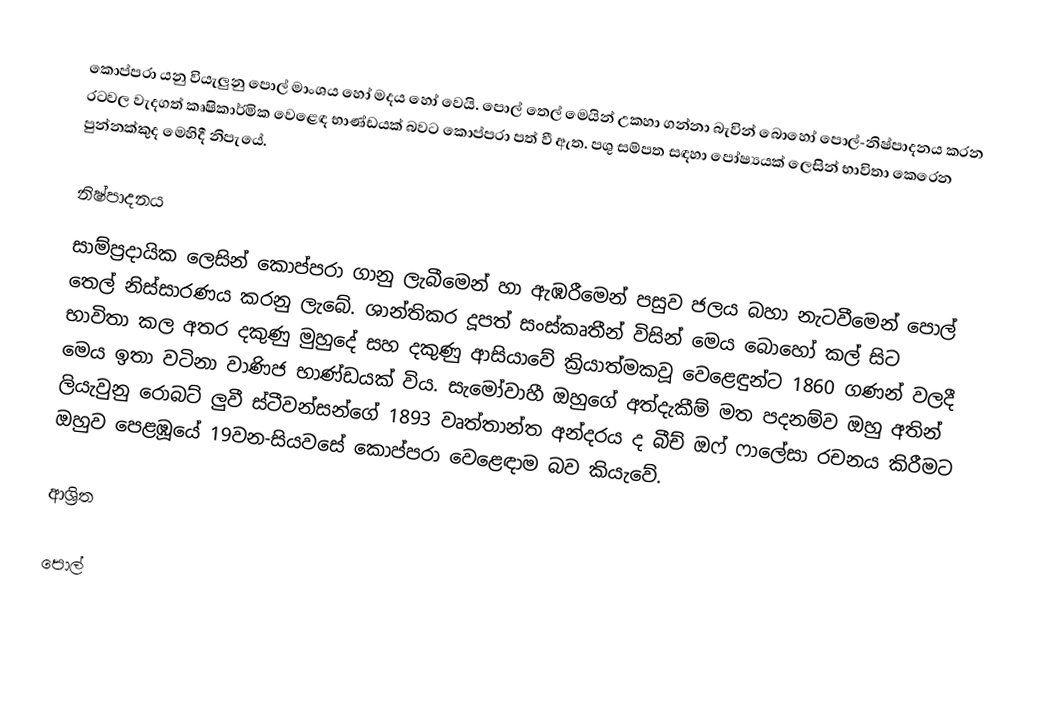
කොප්පරා යනු වියැලුනු පොල් මාංශය හෝ මදය හෝ වෙයි. පොල් තෙල් මෙයින් උකහා ගන්නා බැවින් බොහෝ පොල්-නිෂ්පාදනය කරන රටවල වැදගත් කෘෂිකාර්මික වෙළෙඳ භාණ්ඩයක් බවට කොප්පරා පත් වී ඇත. පශු සම්පත සඳහා පෝෂ්‍යයක් ලෙසින් භාවිතා කෙරෙන පුන්නක්කුද මෙහිදී නිපැයේ.

නිෂ්පාදනය
සාම්ප්‍රදායික ලෙසින් කොප්පරා ගානු ලැබීමෙන් හා ඇඹරීමෙන් පසුව ජලය බහා නැටවීමෙන් පොල් තෙල් නිස්සාරණය කරනු ලැබේ. ශාන්තිකර දූපත් සංස්කෘතීන් විසින් මෙය බොහෝ කල් සිට භාවිතා කල අතර දකුණු මුහුදේ සහ දකුණු ආසියාවේ ක්‍රියාත්මකවූ වෙළෙඳුන්ට 1860 ගණන් වලදී මෙය ඉතා වටිනා වාණිජ භාණ්ඩයක් විය. සැමෝවාහී  ඔහුගේ අත්දැකීම් මත පදනම්ව ඔහු අතින් ලියැවුනු  රොබට් ලුවී ස්ටීවන්සන්ගේ 1893 වෘත්තාන්ත අන්දරය ද බීච් ඔෆ් ෆාලේසා රචනය කිරීමට ඔහුව පෙළඹූයේ 19වන-සියවසේ කොප්පරා වෙළෙඳාම බව කියැවේ.

ආශ්‍රිත

පොල්